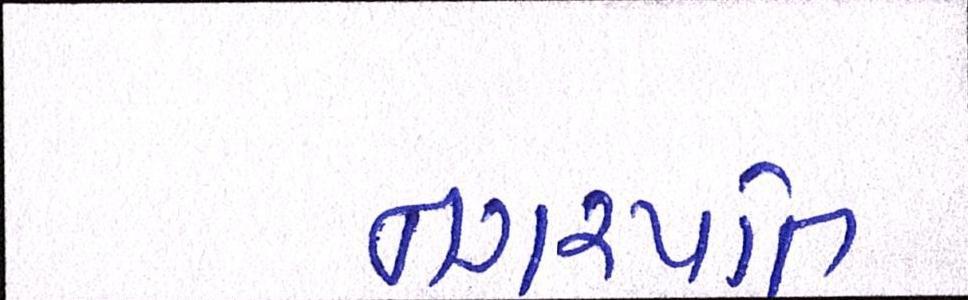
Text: નગરપતિ